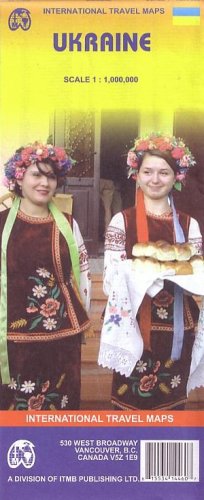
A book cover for Ukraine 1:1,000,000 Travel Map 2007*** (International Travel Maps); ITM Canada; Travel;